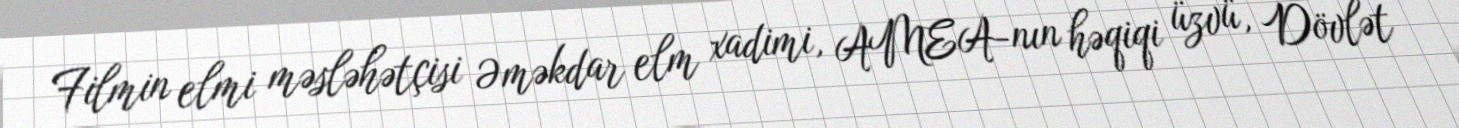
Filmin elmi məsləhətçisi Əməkdar elm xadimi, AMEA-nın həqiqi üzvü, Dövlət